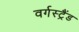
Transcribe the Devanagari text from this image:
वर्गस्ट्रैंड